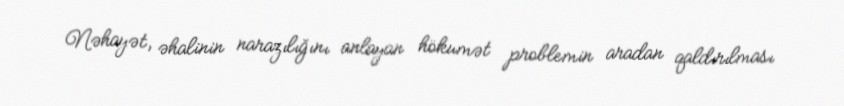
Nəhayət, əhalinin narazılığını anlayan hökumət problemin aradan qaldırılması